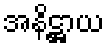
အနိဋ္ဌာယ